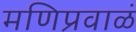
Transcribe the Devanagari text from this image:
मणिप्रवाळं